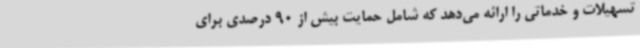
تسهیلات و خدماتی را ارائه می‌دهد که شامل حمایت بیش از 90 درصدی برای